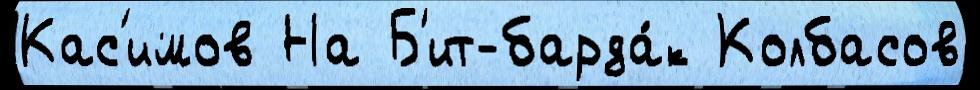
Кас'имов На Б'ит-барда́к Колбасов